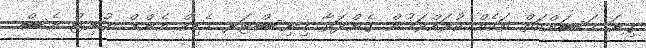
ގިނަ މަސައްކަތް ތަކެއް ކުރައްވަމުން ގެންދަވާ މިނިސްޓަރ މެޑިކް އެންޑް ޔުނިޓް އެސް.